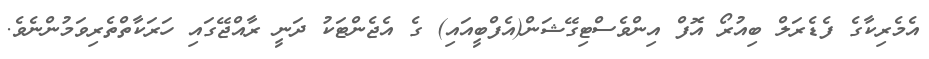
އެމެރިކާގެ ފެޑެރަލް ބިއުރޯ އޮފް އިންވެސްޓިގޭޝަން(އެފްބީއައި) ގެ އެޖެންޓަކު ދަނީ ރާއްޖޭގައި ހަރަކާތްތެރިވަމުންނެވެ.